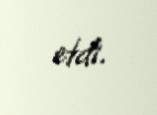
etdi.